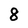
Character: 8